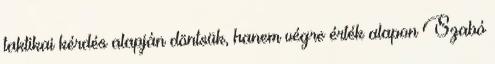
taktikai kérdés alapján döntsük, hanem végre érték alapon Szabó